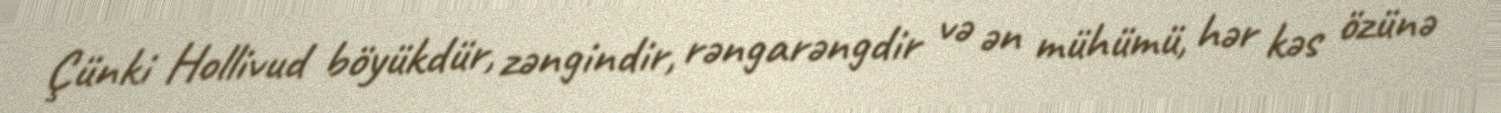
Çünki Hollivud böyükdür, zəngindir, rəngarəngdir və ən mühümü, hər kəs özünə